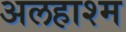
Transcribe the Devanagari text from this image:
अलहाश्म